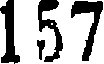
157